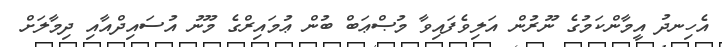
އެހިނދު އީމާންކަމުގެ ނޫރުން އަލިވެފައިވާ މުޞްޢަބް ބުން ޢުމައިރްގެ މޫނު އުސައިދްއާއި ދިމާލަށް